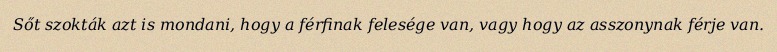
Sőt szokták azt is mondani, hogy a férfinak felesége van, vagy hogy az asszonynak férje van.